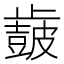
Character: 𣦩